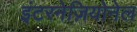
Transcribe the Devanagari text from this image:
इंटरनेज़ियोनेल